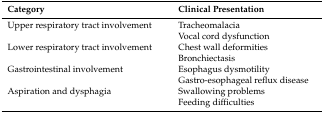
<table><thead><tr><td><b>Category</b></td><td><b>Clinical Presentation</b></td></tr></thead><tbody><tr><td>Upper respiratory tract involvement</td><td>Tracheomalacia</td></tr><tr><td></td><td>Vocal cord dysfunction</td></tr><tr><td>Lower respiratory tract involvement</td><td>Chest wall deformities</td></tr><tr><td></td><td>Bronchiectasis</td></tr><tr><td>Gastrointestinal involvement</td><td>Esophagus dysmotility</td></tr><tr><td></td><td>Gastro-esophageal reflux disease</td></tr><tr><td>Aspiration and dysphagia</td><td>Swallowing problems</td></tr><tr><td></td><td>Feeding difficulties</td></tr></tbody></table>